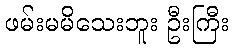
ဖမ်းမမိသေးဘူး ဦးကြီး